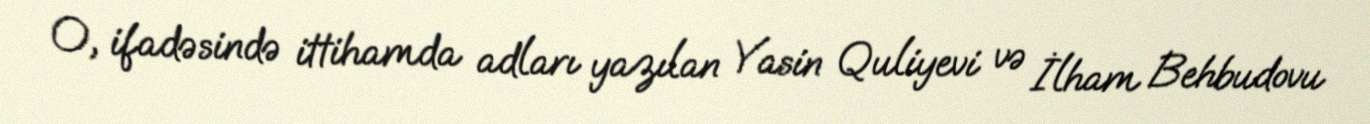
O, ifadəsində ittihamda adları yazılan Yasin Quliyevi və İlham Behbudovu